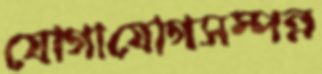
যোগাযোগসম্পন্ন